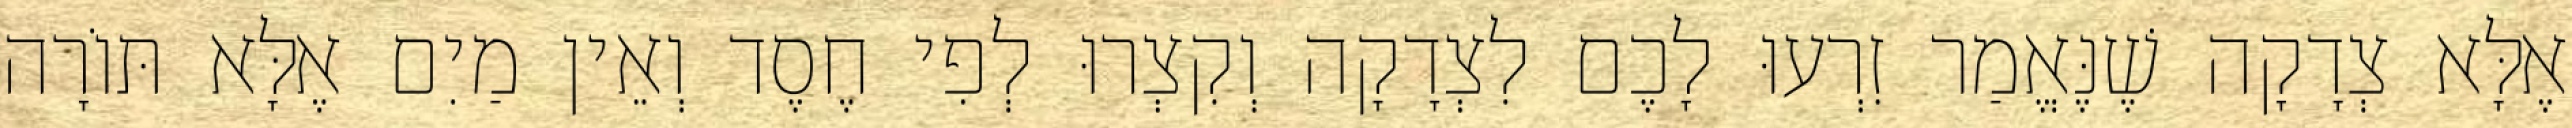
אֶלָּא צְדָקָה שֶׁנֶּאֱמַר זִרְעוּ לָכֶם לִצְדָקָה וְקִצְרוּ לְפִי חֶסֶד וְאֵין מַיִם אֶלָּא תּוֹרָה